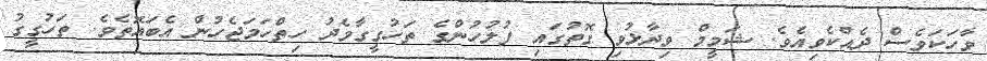
ވާހަކަވެސް ދެއްކެވިއެވެ. ޝަމީމް ވިދާޅުވި ގޮތުގައި ފުލުހުންގެ ތަހުގީގާމެދު ހިތްހަމަޖެހުން އެބައޮތެވެ. ތަހުގީގު